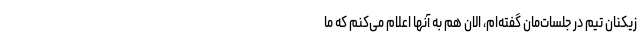
زیکنان تیم در جلسات‌مان گفته‌ام، الان هم به آنها اعلام می‌کنم که ما